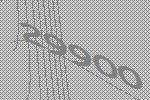
29900